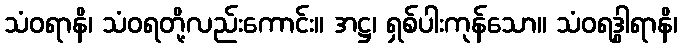
သံဝရာနိ၊ သံဝရတို့လည်းကောင်း။ အဋ္ဌ၊ ရှစ်ပါးကုန်သော။ သံဝရဒွါရာနိ၊